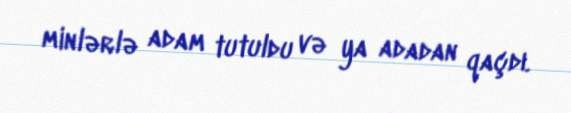
minlərlə adam tutuldu və ya adadan qaçdı.